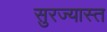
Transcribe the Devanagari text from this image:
सुरज्यास्त